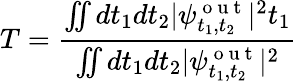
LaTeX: T=\frac{\iint dt_{1}dt_{2}|\psi_{t_{1},t_{2}}^{\mathrm{~o~u~t~}}|^{2}t_{1}}{\iint dt_{1}dt_{2}|\psi_{t_{1},t_{2}}^{\mathrm{~o~u~t~}}|^{2}}